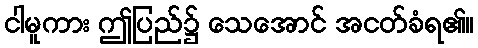
ငါမူကား ဤပြည်၌ သေအောင် အငတ်ခံရ၏။